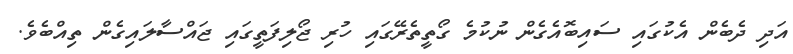
އަދި ދެބެން އެކުގައި ސައިބޮއެގެން ނުކުމެ ގޯތީތެރޭގައި ހުރި ޖޯލިފަތީގައި ޖައްސާލައިގެން ތިއްބެވެ.